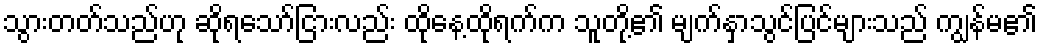
သွားတတ်သည်ဟု ဆိုရသော်ငြားလည်း ထိုနေ့ထိုရက်က သူတို့၏ မျက်နှာသွင်ပြင်များသည် ကျွန်မ၏